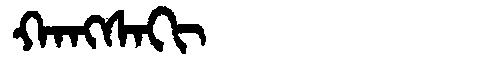
Manchu: ᡴᠠᠩᠰᠠᡴᡳ
Romanization: KANGSAKI